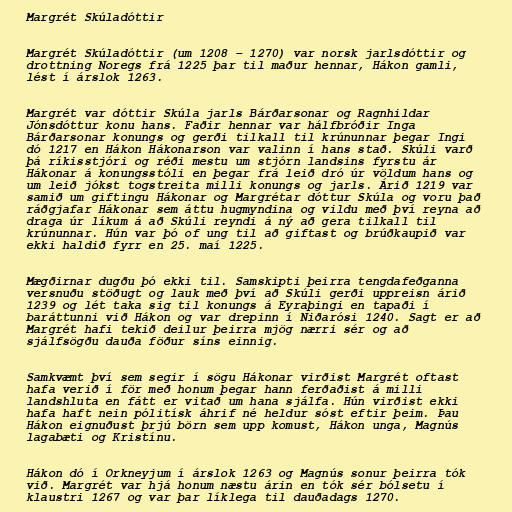
Margrét Skúladóttir

Margrét Skúladóttir (um 1208 – 1270) var norsk jarlsdóttir og
drottning Noregs frá 1225 þar til maður hennar, Hákon gamli,
lést í árslok 1263.

Margrét var dóttir Skúla jarls Bárðarsonar og Ragnhildar
Jónsdóttur konu hans. Faðir hennar var hálfbróðir Inga
Bárðarsonar konungs og gerði tilkall til krúnunnar þegar Ingi
dó 1217 en Hákon Hákonarson var valinn í hans stað. Skúli varð
þá ríkisstjóri og réði mestu um stjórn landsins fyrstu ár
Hákonar á konungsstóli en þegar frá leið dró úr völdum hans og
um leið jókst togstreita milli konungs og jarls. Árið 1219 var
samið um giftingu Hákonar og Margrétar dóttur Skúla og voru það
ráðgjafar Hákonar sem áttu hugmyndina og vildu með því reyna að
draga úr líkum á að Skúli reyndi á ný að gera tilkall til
krúnunnar. Hún var þó of ung til að giftast og brúðkaupið var
ekki haldið fyrr en 25. maí 1225.

Mægðirnar dugðu þó ekki til. Samskipti þeirra tengdafeðganna
versnuðu stöðugt og lauk með því að Skúli gerði uppreisn árið
1239 og lét taka sig til konungs á Eyraþingi en tapaði í
baráttunni við Hákon og var drepinn í Niðarósi 1240. Sagt er að
Margrét hafi tekið deilur þeirra mjög nærri sér og að
sjálfsögðu dauða föður síns einnig.

Samkvæmt því sem segir í sögu Hákonar virðist Margrét oftast
hafa verið í för með honum þegar hann ferðaðist á milli
landshluta en fátt er vitað um hana sjálfa. Hún virðist ekki
hafa haft nein pólitísk áhrif né heldur sóst eftir þeim. Þau
Hákon eignuðust þrjú börn sem upp komust, Hákon unga, Magnús
lagabæti og Kristínu.

Hákon dó í Orkneyjum í árslok 1263 og Magnús sonur þeirra tók
við. Margrét var hjá honum næstu árin en tók sér bólsetu í
klaustri 1267 og var þar líklega til dauðadags 1270.